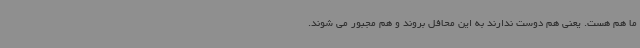
ما هم هست. یعنی هم دوست ندارند به این محافل بروند و هم مجبور می شوند.